Report on vaccination in the Province of Bengal - 1869-1873
Year: 1869
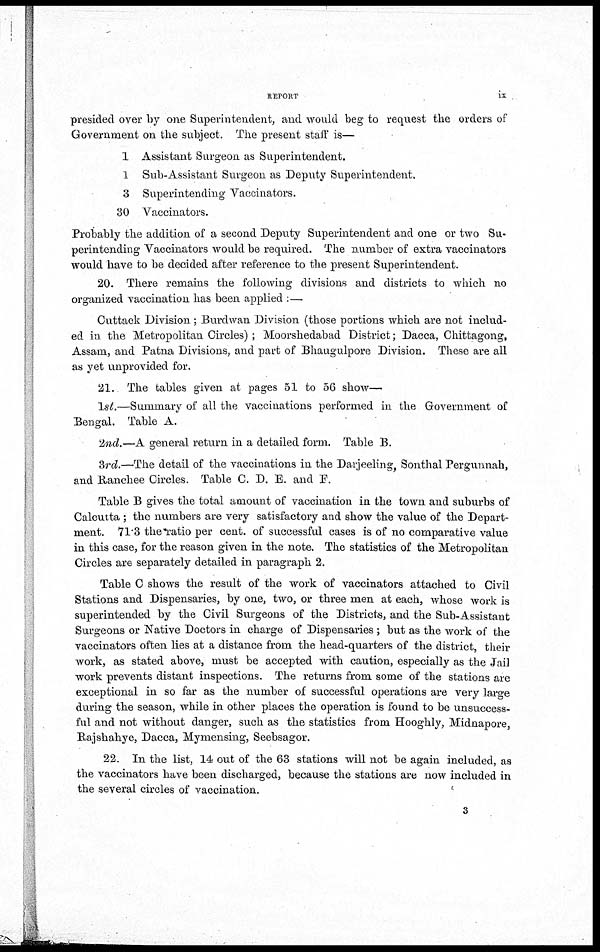
REPORT
ix
presided over by one Superintendent, and would beg to request the orders of
Government on the subject. The present staff is—
1 Assistant Surgeon as Superintendent.
1 Sub-Assistant Surgeon as Deputy Superintendent.
3 Superintending Vaccinators.
30 Vaccinators.
Probably the addition of a second Deputy Superintendent and one or two Su-
perintending Vaccinators would be required. The number of extra vaccinators
would have to be decided after reference to the present Superintendent.
20. There remains the following divisions and districts to which no
organized vaccination has been applied :—
Cuttack Division; Burdwan Division (those portions which are not includ-
ed in the Metropolitan Circles) ; Moorshedabad District; Dacca, Chittagong,
Assam, and Patna Divisions, and part of Bhaugulpore Division. These are all
as yet unprovided for.
21. The tables given at pages 51 to 56 show—
1st.—Summary of all the vaccinations performed in the Government of
Bengal. Table A.
2nd.—A general return in a detailed form. Table B.
3rd.—The detail of the vaccinations in the Darjeeling, Sonthal Pergunnah,
and Ranchee Circles. Table C. D. E. and F.
Table B gives the total amount of vaccination in the town and suburbs of
Calcutta; the numbers are very satisfactory and show the value of the Depart-
ment. 71.3 the ratio per cent. of successful cases is of no comparative value
in this case, for the reason given in the note. The statistics of the Metropolitan
Circles are separately detailed in paragraph 2.
Table C shows the result of the work of vaccinators attached to Civil
Stations and Dispensaries, by one, two, or three men at each, whose work is
superintended by the Civil Surgeons of the Districts, and the Sub-Assistant
Surgeons or Native Doctors in charge of Dispensaries; but as the work of the
vaccinators often lies at a distance from the head-quarters of the district, their
work, as stated above, must be accepted with caution, especially as the Jail
work prevents distant inspections. The returns from some of the stations are
exceptional in so far as the number of successful operations are very large
during the season, while in other places the operation is found to be unsuccess-
ful and not without danger, such as the statistics from Hooghly, Midnapore,
Rajshahye, Dacca, Mymensing, Seebsagor.
22. In the list, 14 out of the 63 stations will not be again included, as
the vaccinators have been discharged, because the stations are now included in
the several circles of vaccination.
3